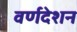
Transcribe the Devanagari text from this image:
वर्णदेशन